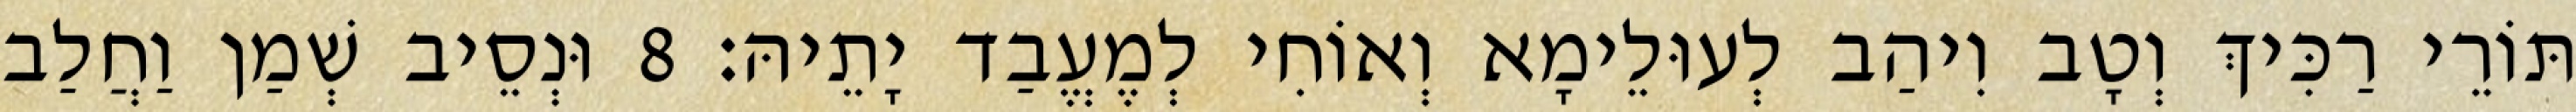
תּוֹרֵי רַכִּיךְ וְטָב וִיהַב לְעוּלֵימָא וְאוֹחִי לְמֶעֱבַד יָתֵיהּ׃ 8 וּנְסֵיב שְׁמַן וַחֲלַב